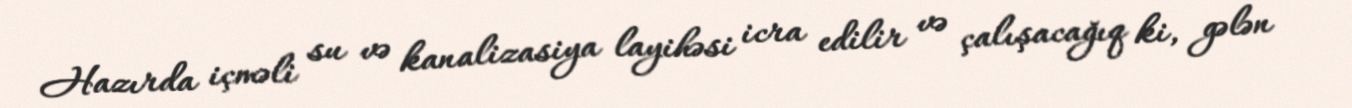
Hazırda içməli su və kanalizasiya layihəsi icra edilir və çalışacağıq ki, gələn